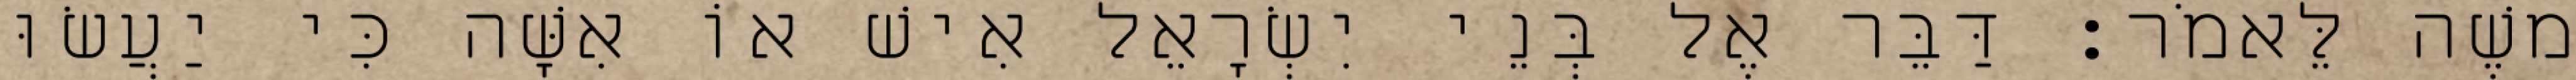
משֶׁה לֵּאמֹר׃ דַּבֵּר אֶל בְּנֵי יִשְׂרָאֵל אִישׁ אוֹ אִשָּׁה כִּי יַעֲשׂוּ